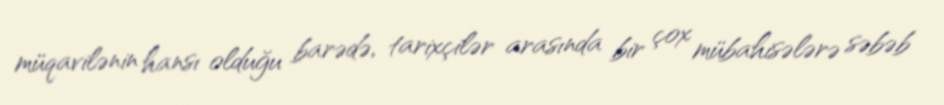
müqavilənin hansı olduğu barədə, tarixçilər arasında bir çox mübahisələrə səbəb